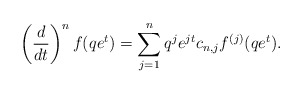
\begin{align*}\left(\frac{d}{dt}\right)^n f(qe^t) = \sum_{j=1}^n q^je^{jt}c_{n,j}f^{(j)}(qe^t).\end{align*}